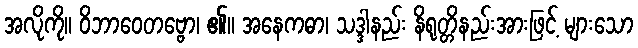
အလိုကို။ ဝိဘာဝေတဗ္ဗော၊ ၏။ အနေကဓာ၊ သဒ္ဒါနည်း နိရုတ္တိနည်းအားဖြင့် များသော